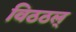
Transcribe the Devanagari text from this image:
विठठल्